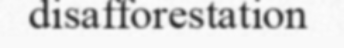
disafforestation